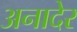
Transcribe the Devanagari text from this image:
अनादेर